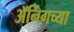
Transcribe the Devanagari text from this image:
ॲनिंगच्या